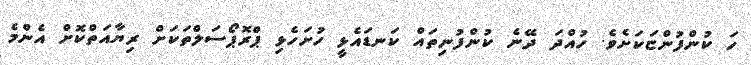
ހަ ކުންފުންޏަކަށެވެ. ހުއްދަ ދޭނެ ކުންފުނިތައް ކަނޑައެޅީ ހުށަހެޅި ޕްރޮޕޯސަލްތަކަށް ރިޔާއަތްކޮށް އެންމެ